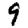
Digit: 9